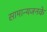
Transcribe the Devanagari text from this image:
सामान्यजनके